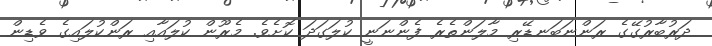
ދަރުބާރުގޭގެ ރަންނަބަނޑޭރި މާލަންތެރެ ފެންނަނީ ކުލަގަދަ ކޮށެވެ. މެރޫން ކުލައާއި ރަންކުލައިގެ ވެޑިން